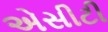
એસીટી